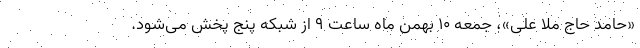
«حامد حاج ملا علی»، جمعه ۱۰ بهمن ماه ساعت ۹ از شبکه پنج پخش می‌شود.